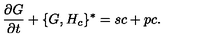
{ \frac { \partial G } { \partial t } } + \{ G , H _ { c } \} ^ { * } = s c + p c .